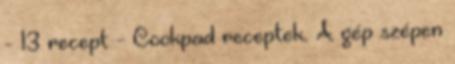
- 13 recept - Cookpad receptek. A gép szépen